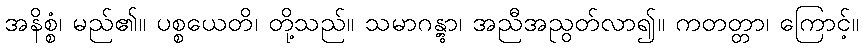
အနိစ္စံ၊ မည်၏။ ပစ္စယေတိ၊ တို့သည်။ သမာဂန္တွာ၊ အညီအညွတ်လာ၍။ ကတတ္တာ၊ ကြောင့်။